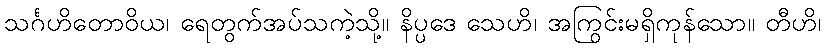
သင်္ဂဟိတောဝိယ၊ ရေတွက်အပ်သကဲ့သို့။ နိပ္ပဒေ သေဟိ၊ အကြွင်းမရှိကုန်သော။ တီဟိ၊